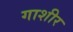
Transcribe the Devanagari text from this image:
गाशीर